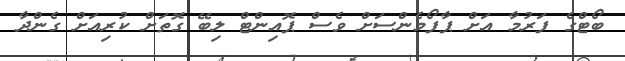
ބޯޓްގެ ފަރުމާ އަށް ޕާފޯމެންސަށް ވެސް ޕޮއިންޓް ލިބޭ ގޮތަށް ކުރިއަށް ގެންދާ